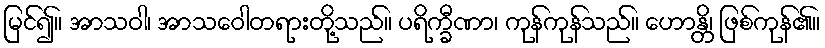
မြင်၍။ အာသဝါ၊ အာသဝေါတရားတို့သည်။ ပရိက္ခီဏာ၊ ကုန်ကုန်သည်။ ဟောန္တိ၊ ဖြစ်ကုန်၏။